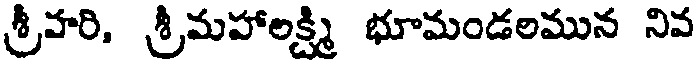
శ్రీహరి, శ్రీమహాలక్ష్మి భూమండలమున నివ